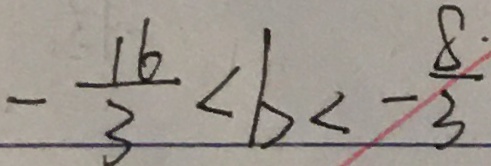
- \frac { 1 6 } { 3 } < b < - \frac { 8 \cdot } { 3 }